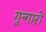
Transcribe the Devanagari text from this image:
गुन्गारो